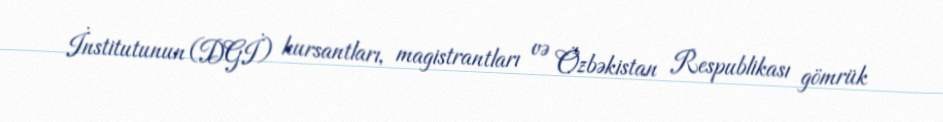
İnstitutunun (DGİ) kursantları, magistrantları və Özbəkistan Respublikası gömrük